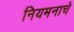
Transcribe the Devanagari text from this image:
नियमनाचे